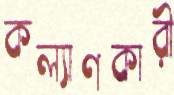
কল্যাণকারী